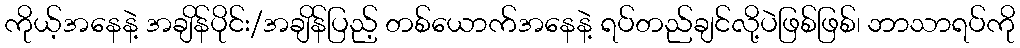
ကိုယ့်အနေနဲ့ အချိန်ပိုင်း/အချိန်ပြည့် တစ်ယောက်အနေနဲ့ ရပ်တည်ချင်လို့ပဲဖြစ်ဖြစ်၊ ဘာသာရပ်ကို